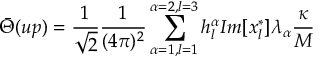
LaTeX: \bar { \Theta } ( u p ) = \frac { 1 } { \sqrt { 2 } } \frac { 1 } { ( 4 \pi ) ^ { 2 } } \sum _ { \alpha = 1 , l = 1 } ^ { \alpha = 2 , l = 3 } h _ { l } ^ { \alpha } I m [ x _ { l } ^ { * } ] \lambda _ { \alpha } \frac { \kappa } { M }